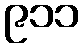
၉၁၁